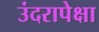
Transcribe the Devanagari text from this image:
उंदरापेक्षा